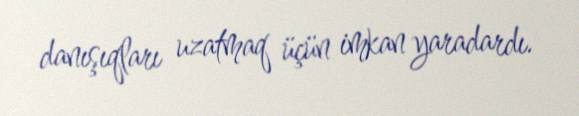
danışıqları uzatmaq üçün imkan yaradardı.